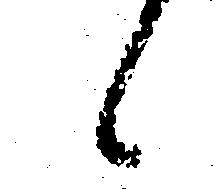
候